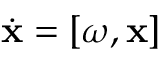
\dot { \bf x } = [ \boldsymbol { \omega } , { \bf x } ]